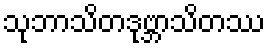
သုဘာသိတဒုဗ္ဘာသိတဿ